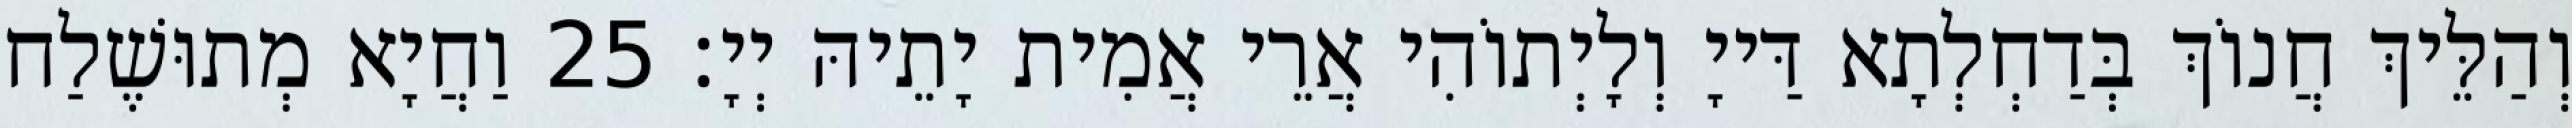
וְהַלֵּיךְ חֲנוֹךְ בְּדַחְלְתָא דַּייָ וְלָיְתוֹהִי אֲרֵי אֲמִית יָתֵיהּ יְיָ׃ 25 וַחֲיָא מְתוּשֶׁלַח